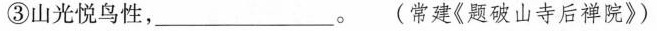
③山光悦鸟性，___。(常建《题破山寺后禅院》)